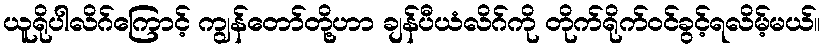
ယူရိုပါလိဂ်ကြောင့် ကျွန်တော်တို့ဟာ ချန်ပီယံလိဂ်ကို တိုက်ရိုက်ဝင်ခွင့်ရလိမ့်မယ်။